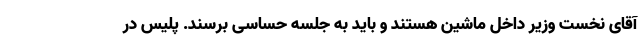
آقای نخست وزیر داخل ماشین هستند و باید به جلسه حساسی برسند. پلیس در